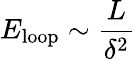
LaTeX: E_{\mathrm{loop}}\sim\frac{L}{\delta^{2}}